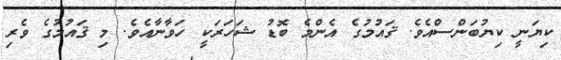
ކިޔަނީ ކިޔުބަންސްއެވެ. ޤައުމުގެ އެންމެ ބޮޑު ޝަހަރަކީ ހަވާނާއެވެ. މި ޤައުމުގެ ވެރި